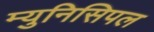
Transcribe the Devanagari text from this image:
म्‍युनिसिपल